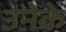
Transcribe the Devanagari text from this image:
उनेके